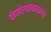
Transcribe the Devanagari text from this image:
केलेत्याकाळच्या